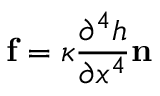
\mathbf { f } = \kappa \frac { \partial ^ { 4 } h } { \partial x ^ { 4 } } \mathbf { n }